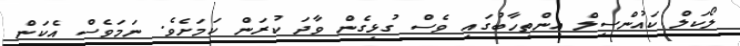
ލޯކަލް ކައުންސިލް އިންތިހާބުގައި ވެސް ގުޅިގެން ވާދަ ކުރަން ކަމަށެވެ. ނަމަވެސް އެކަން